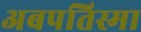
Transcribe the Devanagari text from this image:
अबपतिस्मा